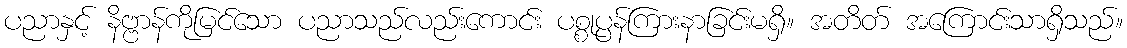
ပညာနှင့် နိဗ္ဗာန်ကိုမြင်သော ပညာသည်လည်းကောင်း ပစ္စုပ္ပန်ကြားနာခြင်းမရှိ။ အတိတ် အကြောင်းသာရှိသည်။